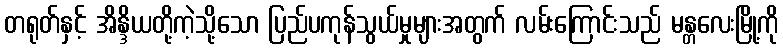
တရုတ်နှင့် အိန္ဒိယတို့ကဲ့သို့သော ပြည်ပကုန်သွယ်မှုများအတွက် လမ်းကြောင်းသည် မန္တလေးမြို့ကို